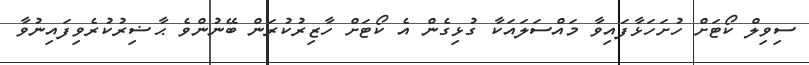
ސިވިލް ކޯޓަށް ހުށަހަޅާފައިވާ މައްސަލައަކާ ގުޅިގެން އެ ކޯޓަށް ހާޒިރުކުރަން ބޭނުންވެ ޙާޟިރުކުރެވިފައިނުވާ